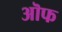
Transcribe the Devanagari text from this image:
ऒफ